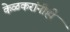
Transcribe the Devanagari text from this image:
केळकरांनीही